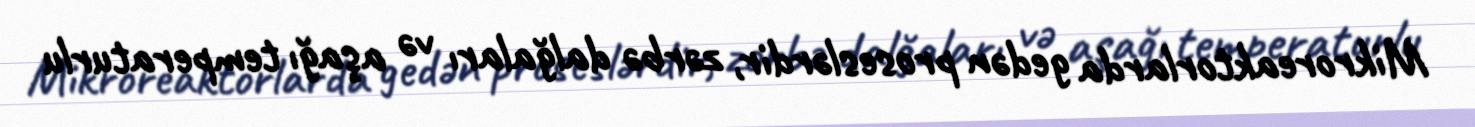
Mikroreaktorlarda gedən proseslərdir, zərbə dalğaları və aşağı temperaturlu